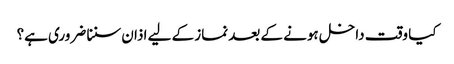
کیا وقت داخل ہونے کے بعد نماز کے لیے اذان سننا ضروری ہے؟